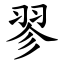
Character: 翏